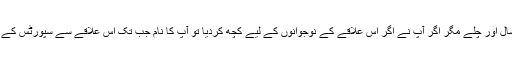
میری اہل اقتدار لوگوں سے گزارش ہے کہ آپ کا اقتدار شاید چند سال اور چلے مگر اگر آپ نے اگر اس علاقے کے نوجوانوں کے لیے کچھ کردیا تو آپ کا نام جب تک اس علاقے سے سپورٹس کے میدان میں سے ٹیلنٹ نکلتا رہے گا آپ کا نام بھی باقی رہے گئے۔